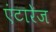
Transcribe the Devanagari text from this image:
एंटारेज